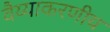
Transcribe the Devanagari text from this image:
वैय्याकरणीय